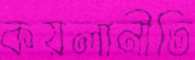
কয়লানীতি